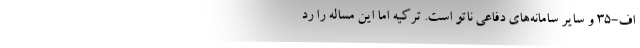
اف-۳۵ و سایر سامانه‌های دفاعی ناتو است. ترکیه اما این مساله را رد